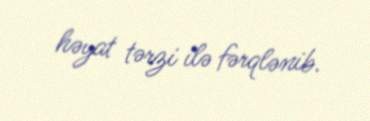
həyat tərzi ilə fərqlənib.